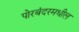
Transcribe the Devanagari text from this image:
पोरबंदरमधील